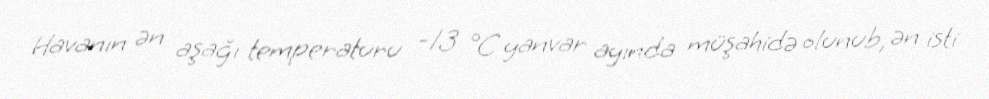
Havanın ən aşağı temperaturu -13 °C yanvar ayında müşahidə olunub, ən isti